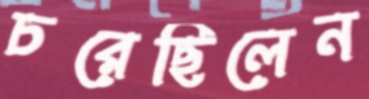
চরেছিলেন